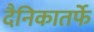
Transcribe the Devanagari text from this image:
दैनिकातर्फे